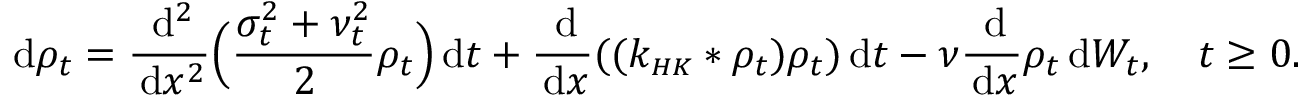
\, \mathrm { d } \rho _ { t } = \frac { \, \mathrm { d } ^ { 2 } } { \, \mathrm { d } x ^ { 2 } } \Big ( \frac { \sigma _ { t } ^ { 2 } + \nu _ { t } ^ { 2 } } { 2 } \rho _ { t } \Big ) \, \mathrm { d } t + \frac { \, \mathrm { d } } { \, \mathrm { d } x } ( ( k _ { \scriptscriptstyle { H K } } * \rho _ { t } ) \rho _ { t } ) \, \mathrm { d } t - \nu \frac { \, \mathrm { d } } { \, \mathrm { d } x } \rho _ { t } \, \mathrm { d } W _ { t } , \quad t \geq 0 .